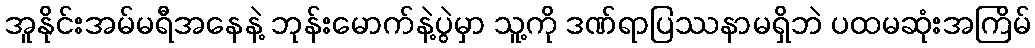
အူနိုင်းအမ်မရီအနေနဲ့ ဘုန်းမောက်နဲ့ပွဲမှာ သူ့ကို ဒဏ်ရာပြဿနာမရှိဘဲ ပထမဆုံးအကြိမ်